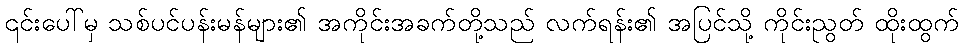
၎င်းပေါ်မှ သစ်ပင်ပန်းမန်များ၏ အကိုင်းအခက်တို့သည် လက်ရန်း၏ အပြင်သို့ ကိုင်းညွတ် ထိုးထွက်